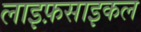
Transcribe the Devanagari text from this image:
लाइफ़साइकल